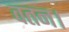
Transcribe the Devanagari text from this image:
वतन।